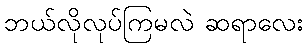
ဘယ်လိုလုပ်ကြမလဲ ဆရာလေး